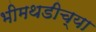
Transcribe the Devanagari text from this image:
भीमथडीच्या